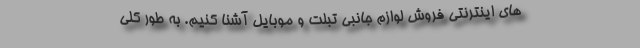
های اینترنتی فروش لوازم جانبی تبلت و موبایل آشنا کنیم. به طور کلی